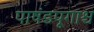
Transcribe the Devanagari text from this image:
पाषंडपूगाश्च